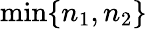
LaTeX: \operatorname*{min}\{ n_{1},n_{2}\}